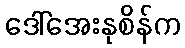
ဒေါ်အေးနုစိန်က